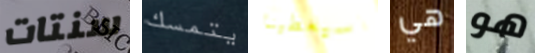
سنتات يتمسك سيعطينا هي هو